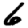
Digit: 6